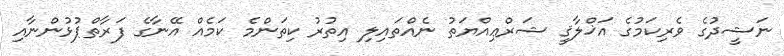
ނަޝީދުގެ ވެރިކަމުގެ އަޚްލާޤީ ޝަރްޢިއްޔަތު ނެއްތައިލި އިތުރު ކިތަންމެ ކަމެއް އޭނާގެ ފަރާތްޕުޅުންނާއި